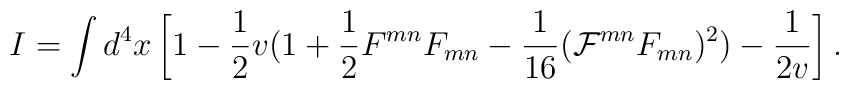
I = \int d^4 x \left [1 - \frac{1}{2}v(1 + \frac{1}{2}F^{mn}F_{mn} -\frac{1}{16}( {\cal{F}} ^{mn} F_{mn})^2) - \frac{1}{2v}\right].